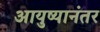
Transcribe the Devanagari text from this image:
आयुष्यानंतर